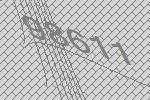
98611